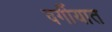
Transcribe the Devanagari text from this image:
वर्गीयात